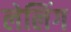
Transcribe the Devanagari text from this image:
लेलिंग